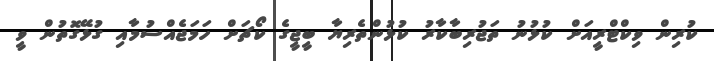
ކުރިން ވިކްޓްރީއަށް ކުޅުނު ތަޖުރިބާކާރު ކުޅުންތެރިޔާ ބީޖީގެ ކޯޗަށް ހަމަޖެއްސުމާއި ގުޅޭގޮތުން ވީ